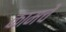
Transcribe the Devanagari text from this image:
कामचे